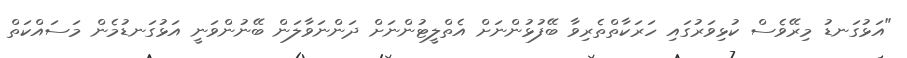
"އަޅުގަނޑު މިރޭވެސް ކުޅިވަރުގައި ހަރަކާތްތެރިވާ ބޭފުޅުންނަށް އެތްލީޓުންނަށް ދަންނަވާލަން ބޭނުންވަނީ އަޅުގަނޑުމެން މަސައްކަތް